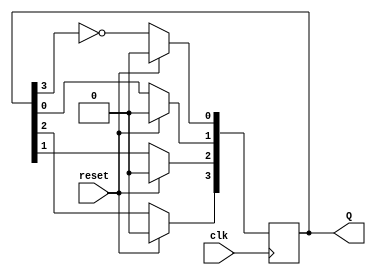
module johnson_counter (
    input wire clk,       // Clock input
    input wire reset,     // Synchronous reset input
    output reg [3:0] Q    // Counter output
);

    // Always block triggered on the rising edge of the clock
    always @(posedge clk) begin
        if (reset) begin
            // Reset to all zeros
            Q <= 4'b0000;
        end else begin
            // Johnson counter logic
            Q[0] <= ~Q[3]; // DFF0 takes the inverted output of Q[3]
            Q[1] <= Q[0];  // DFF1 takes the output of DFF0
            Q[2] <= Q[1];  // DFF2 takes the output of DFF1
            Q[3] <= Q[2];  // DFF3 takes the output of DFF2
        end
    end

endmodule